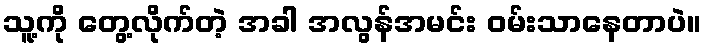
သူ့ကို တွေ့လိုက်တဲ့ အခါ အလွန်အမင်း ဝမ်းသာနေတာပဲ။